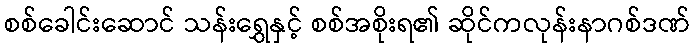
စစ်ခေါင်းဆောင် သန်းရွှေနှင့် စစ်အစိုးရ၏ ဆိုင်ကလုန်းနာဂစ်ဒဏ်